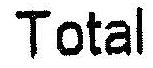
TOTAL